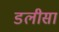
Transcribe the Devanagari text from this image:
डलीसा